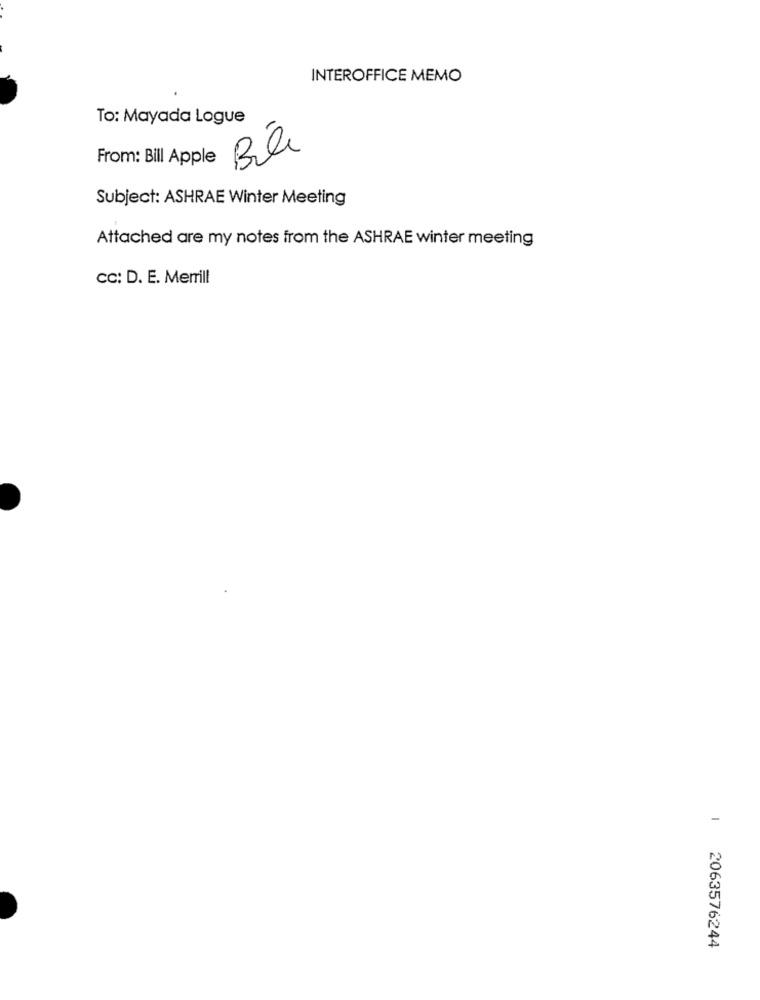
INTEROFFICE MEMO
To: Mayada Logue
Bile
From: Bill Apple
Subject: ASHRAE Winter Meeting
Attached are my notes from the ASHRAE winter meeting
CC: D. E. Merrill
-
2063576244